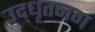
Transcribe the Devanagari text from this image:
उद्‌धृतनग